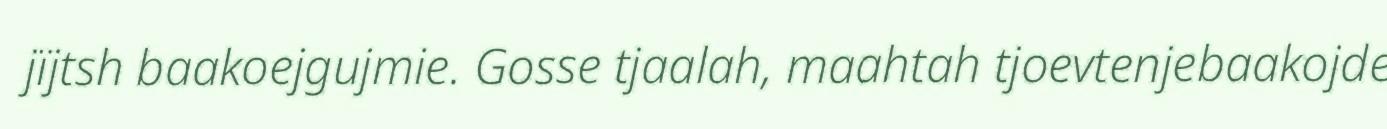
jïjtsh baakoejgujmie. Gosse tjaalah, maahtah tjoevtenjebaakojde